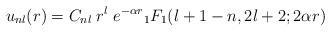
LaTeX: \begin{align*}u_{nl}(r)=C_{nl} \; r^l\; e^{-\alpha r}{}_1F_1(l+1-n,2l+2;2\alpha r)\end{align*}